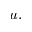
u .